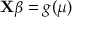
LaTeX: \mathbf { X } { \boldsymbol { \beta } } = g ( \mu ) \,